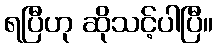
ရပြီဟု ဆိုသင့်ပါပြီ။